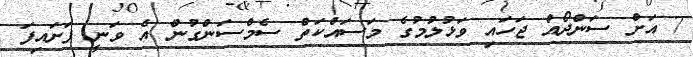
7 އަށް ސަންދޯއް ޖަހައި ވަޅުލުމުގެ މަސައްކަތް ސެމްސަންގުން އެ ވަނީ ފަށައިފަ